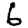
Digit: 6